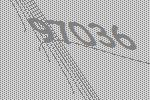
97036